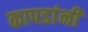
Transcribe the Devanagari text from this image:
कापडांनी